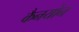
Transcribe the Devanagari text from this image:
कैनयोन